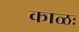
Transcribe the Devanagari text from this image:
काळः